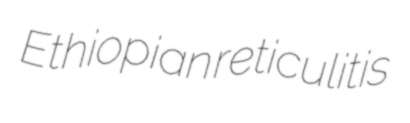
Ethiopian reticulitis